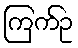
ကြက်ဥ